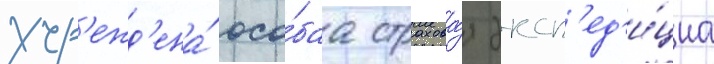
учр'ежд'ена́ осо́баа страхова́я эксп'ед'и́циа